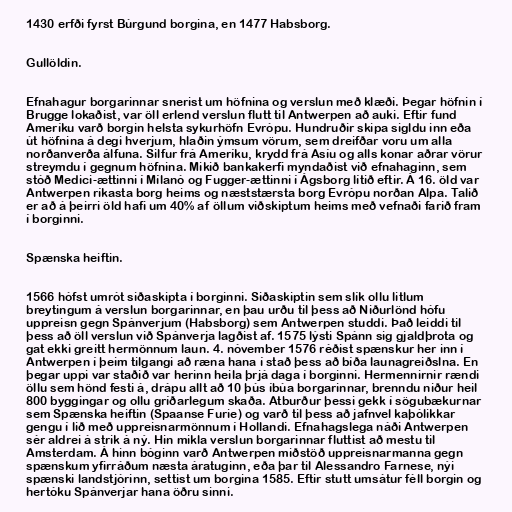
1430 erfði fyrst Búrgund borgina, en 1477 Habsborg.

Gullöldin.

Efnahagur borgarinnar snerist um höfnina og verslun með klæði. Þegar höfnin í
Brugge lokaðist, var öll erlend verslun flutt til Antwerpen að auki. Eftir fund
Ameríku varð borgin helsta sykurhöfn Evrópu. Hundruðir skipa sigldu inn eða
út höfnina á degi hverjum, hlaðin ýmsum vörum, sem dreifðar voru um alla
norðanverða álfuna. Silfur frá Ameríku, krydd frá Asíu og alls konar aðrar vörur
streymdu í gegnum höfnina. Mikið bankakerfi myndaðist við efnahaginn, sem
stóð Medici-ættinni í Mílanó og Fugger-ættinni í Ágsborg lítið eftir. Á 16. öld var
Antwerpen ríkasta borg heims og næststærsta borg Evrópu norðan Alpa. Talið
er að á þeirri öld hafi um 40% af öllum viðskiptum heims með vefnaði farið fram
í borginni.

Spænska heiftin.

1566 hófst umrót siðaskipta í borginni. Siðaskiptin sem slík ollu litlum
breytingum á verslun borgarinnar, en þau urðu til þess að Niðurlönd hófu
uppreisn gegn Spánverjum (Habsborg) sem Antwerpen studdi. Það leiddi til
þess að öll verslun við Spánverja lagðist af. 1575 lýsti Spánn sig gjaldþrota og
gat ekki greitt hermönnum laun. 4. nóvember 1576 réðist spænskur her inn í
Antwerpen í þeim tilgangi að ræna hana í stað þess að bíða launagreiðslna. En
þegar uppi var staðið var herinn heila þrjá daga í borginni. Hermennirnir rændi
öllu sem hönd festi á, drápu allt að 10 þús íbúa borgarinnar, brenndu niður heil
800 byggingar og ollu gríðarlegum skaða. Atburður þessi gekk í sögubækurnar
sem Spænska heiftin (Spaanse Furie) og varð til þess að jafnvel kaþólikkar
gengu í lið með uppreisnarmönnum í Hollandi. Efnahagslega náði Antwerpen
sér aldrei á strik á ný. Hin mikla verslun borgarinnar fluttist að mestu til
Amsterdam. Á hinn bóginn varð Antwerpen miðstöð uppreisnarmanna gegn
spænskum yfirráðum næsta áratuginn, eða þar til Alessandro Farnese, nýi
spænski landstjórinn, settist um borgina 1585. Eftir stutt umsátur féll borgin og
hertóku Spánverjar hana öðru sinni.